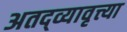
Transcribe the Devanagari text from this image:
अतद्व्यावृत्त्या